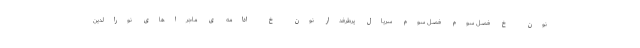
نون خ فصل سوم فصل سوم سریال پرطرفدار نون خ ادامه ی ماجراهای نورالدین